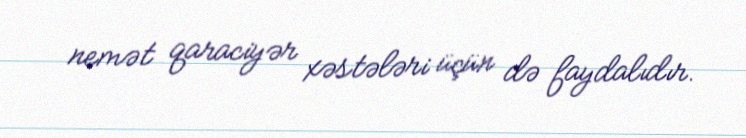
nemət qaraciyər xəstələri üçün də faydalıdır.